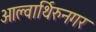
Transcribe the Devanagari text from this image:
आल्वार्थिरुनगर